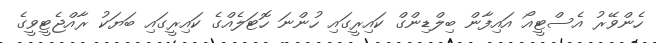
ހެންވޭރު އެސްޓީއޯ އައިފާން ބިލްޑިންގް ކައިރީގައި ހުންނަ ހޮޓަލެއްގެ ކައިރީގައި ބަޔަކު ރާއްޖެޓީވީގެ